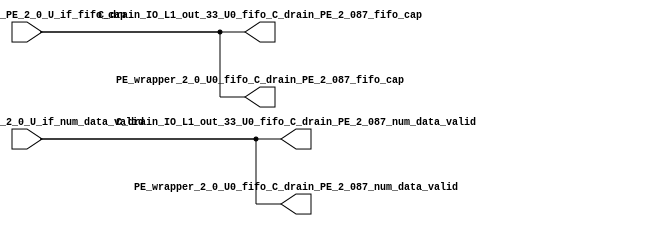
// ==================================================
// RTL generated by RapidStream
//
// Copyright 2024 RapidStream Design Automation, Inc.
// All Rights Reserved.
// ==================================================
`timescale 1 ns / 1 ps
module __rs_kernel3_aux_split_aux_67 #(
    parameter C_S_AXI_CONTROL_DATA_WIDTH  = 32,
    parameter C_S_AXI_CONTROL_ADDR_WIDTH  = 6,
    parameter C_S_AXI_DATA_WIDTH          = 32,
    parameter C_M_AXI_GMEM_A_ID_WIDTH     = 1,
    parameter C_M_AXI_GMEM_A_ADDR_WIDTH   = 64,
    parameter C_M_AXI_GMEM_A_DATA_WIDTH   = 512,
    parameter C_M_AXI_GMEM_A_AWUSER_WIDTH = 1,
    parameter C_M_AXI_GMEM_A_ARUSER_WIDTH = 1,
    parameter C_M_AXI_GMEM_A_WUSER_WIDTH  = 1,
    parameter C_M_AXI_GMEM_A_RUSER_WIDTH  = 1,
    parameter C_M_AXI_GMEM_A_BUSER_WIDTH  = 1,
    parameter C_M_AXI_GMEM_A_USER_VALUE   = 0,
    parameter C_M_AXI_GMEM_A_PROT_VALUE   = 0,
    parameter C_M_AXI_GMEM_A_CACHE_VALUE  = 3,
    parameter C_M_AXI_DATA_WIDTH          = 32,
    parameter C_M_AXI_GMEM_B_ID_WIDTH     = 1,
    parameter C_M_AXI_GMEM_B_ADDR_WIDTH   = 64,
    parameter C_M_AXI_GMEM_B_DATA_WIDTH   = 512,
    parameter C_M_AXI_GMEM_B_AWUSER_WIDTH = 1,
    parameter C_M_AXI_GMEM_B_ARUSER_WIDTH = 1,
    parameter C_M_AXI_GMEM_B_WUSER_WIDTH  = 1,
    parameter C_M_AXI_GMEM_B_RUSER_WIDTH  = 1,
    parameter C_M_AXI_GMEM_B_BUSER_WIDTH  = 1,
    parameter C_M_AXI_GMEM_B_USER_VALUE   = 0,
    parameter C_M_AXI_GMEM_B_PROT_VALUE   = 0,
    parameter C_M_AXI_GMEM_B_CACHE_VALUE  = 3,
    parameter C_M_AXI_GMEM_C_ID_WIDTH     = 1,
    parameter C_M_AXI_GMEM_C_ADDR_WIDTH   = 64,
    parameter C_M_AXI_GMEM_C_DATA_WIDTH   = 512,
    parameter C_M_AXI_GMEM_C_AWUSER_WIDTH = 1,
    parameter C_M_AXI_GMEM_C_ARUSER_WIDTH = 1,
    parameter C_M_AXI_GMEM_C_WUSER_WIDTH  = 1,
    parameter C_M_AXI_GMEM_C_RUSER_WIDTH  = 1,
    parameter C_M_AXI_GMEM_C_BUSER_WIDTH  = 1,
    parameter C_M_AXI_GMEM_C_USER_VALUE   = 0,
    parameter C_M_AXI_GMEM_C_PROT_VALUE   = 0,
    parameter C_M_AXI_GMEM_C_CACHE_VALUE  = 3,
    parameter C_S_AXI_CONTROL_WSTRB_WIDTH = 4,
    parameter C_S_AXI_WSTRB_WIDTH         = 4,
    parameter C_M_AXI_GMEM_A_WSTRB_WIDTH  = 64,
    parameter C_M_AXI_WSTRB_WIDTH         = 4,
    parameter C_M_AXI_GMEM_B_WSTRB_WIDTH  = 64,
    parameter C_M_AXI_GMEM_C_WSTRB_WIDTH  = 64
) (
    output wire [1:0] C_drain_IO_L1_out_33_U0_fifo_C_drain_PE_2_087_fifo_cap,
    output wire [1:0] C_drain_IO_L1_out_33_U0_fifo_C_drain_PE_2_087_num_data_valid,
    output wire [1:0] PE_wrapper_2_0_U0_fifo_C_drain_PE_2_087_fifo_cap,
    output wire [1:0] PE_wrapper_2_0_U0_fifo_C_drain_PE_2_087_num_data_valid,
    input wire  [1:0] fifo_C_drain_PE_2_0_U_if_fifo_cap,
    input wire  [1:0] fifo_C_drain_PE_2_0_U_if_num_data_valid
);
assign C_drain_IO_L1_out_33_U0_fifo_C_drain_PE_2_087_fifo_cap = fifo_C_drain_PE_2_0_U_if_fifo_cap;
assign C_drain_IO_L1_out_33_U0_fifo_C_drain_PE_2_087_num_data_valid = fifo_C_drain_PE_2_0_U_if_num_data_valid;
assign PE_wrapper_2_0_U0_fifo_C_drain_PE_2_087_fifo_cap = fifo_C_drain_PE_2_0_U_if_fifo_cap;
assign PE_wrapper_2_0_U0_fifo_C_drain_PE_2_087_num_data_valid = fifo_C_drain_PE_2_0_U_if_num_data_valid;
endmodule